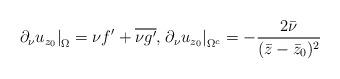
LaTeX: \begin{align*} \left. \partial_\nu u_{z_0} \right|_\Omega = \nu f' + \overline{\nu g'}, \left. \partial_\nu u_{z_0} \right|_{\Omega^c} = -{2 \bar \nu \over (\bar z - \bar z_0)^2}\end{align*}